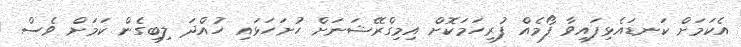
އެކަމަށް ކަނޑައެޅިފައިވާ ފޯމެއް ފުރިހަމަކޮށް އިމިގްރޭޝަނަށް ހުށަހަޅައި ހުއްދަ ލިބިގެން ކަމަށް ވެސް